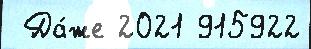
 Да́же 2021 915922